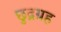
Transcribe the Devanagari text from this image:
छुद्रग्रह